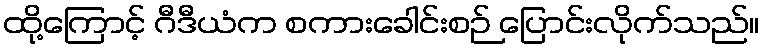
ထို့ကြောင့် ဂီဒီယံက စကားခေါင်းစဉ် ပြောင်းလိုက်သည်။